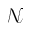
\mathcal { N }